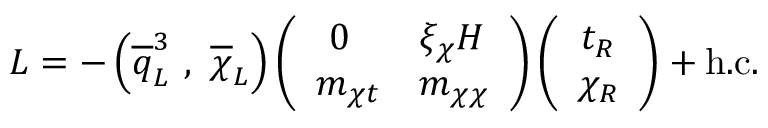
{ \cal L } = - \left( \overline { { { q } } } _ { L } ^ { 3 } \ , \ \overline { { { \chi } } } _ { L } \right) \left( \begin{array} { r l } { { 0 \; \; \; } } & { { \xi _ { \chi } H } } \\ { { m _ { \chi t } } } & { { m _ { \chi \chi } } } \end{array} \right) \left( \begin{array} { c } { { t _ { R } } } \\ { { \chi _ { R } } } \end{array} \right) + \mathrm { h . c . }